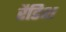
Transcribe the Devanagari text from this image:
रैडिश